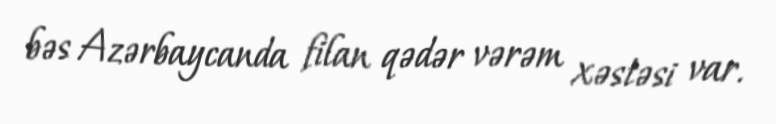
bəs Azərbaycanda filan qədər vərəm xəstəsi var.